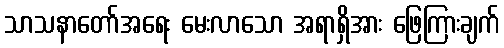
သာသနာတော်အရေး မေးလာသော အရာရှိအား ဖြေကြားချက်